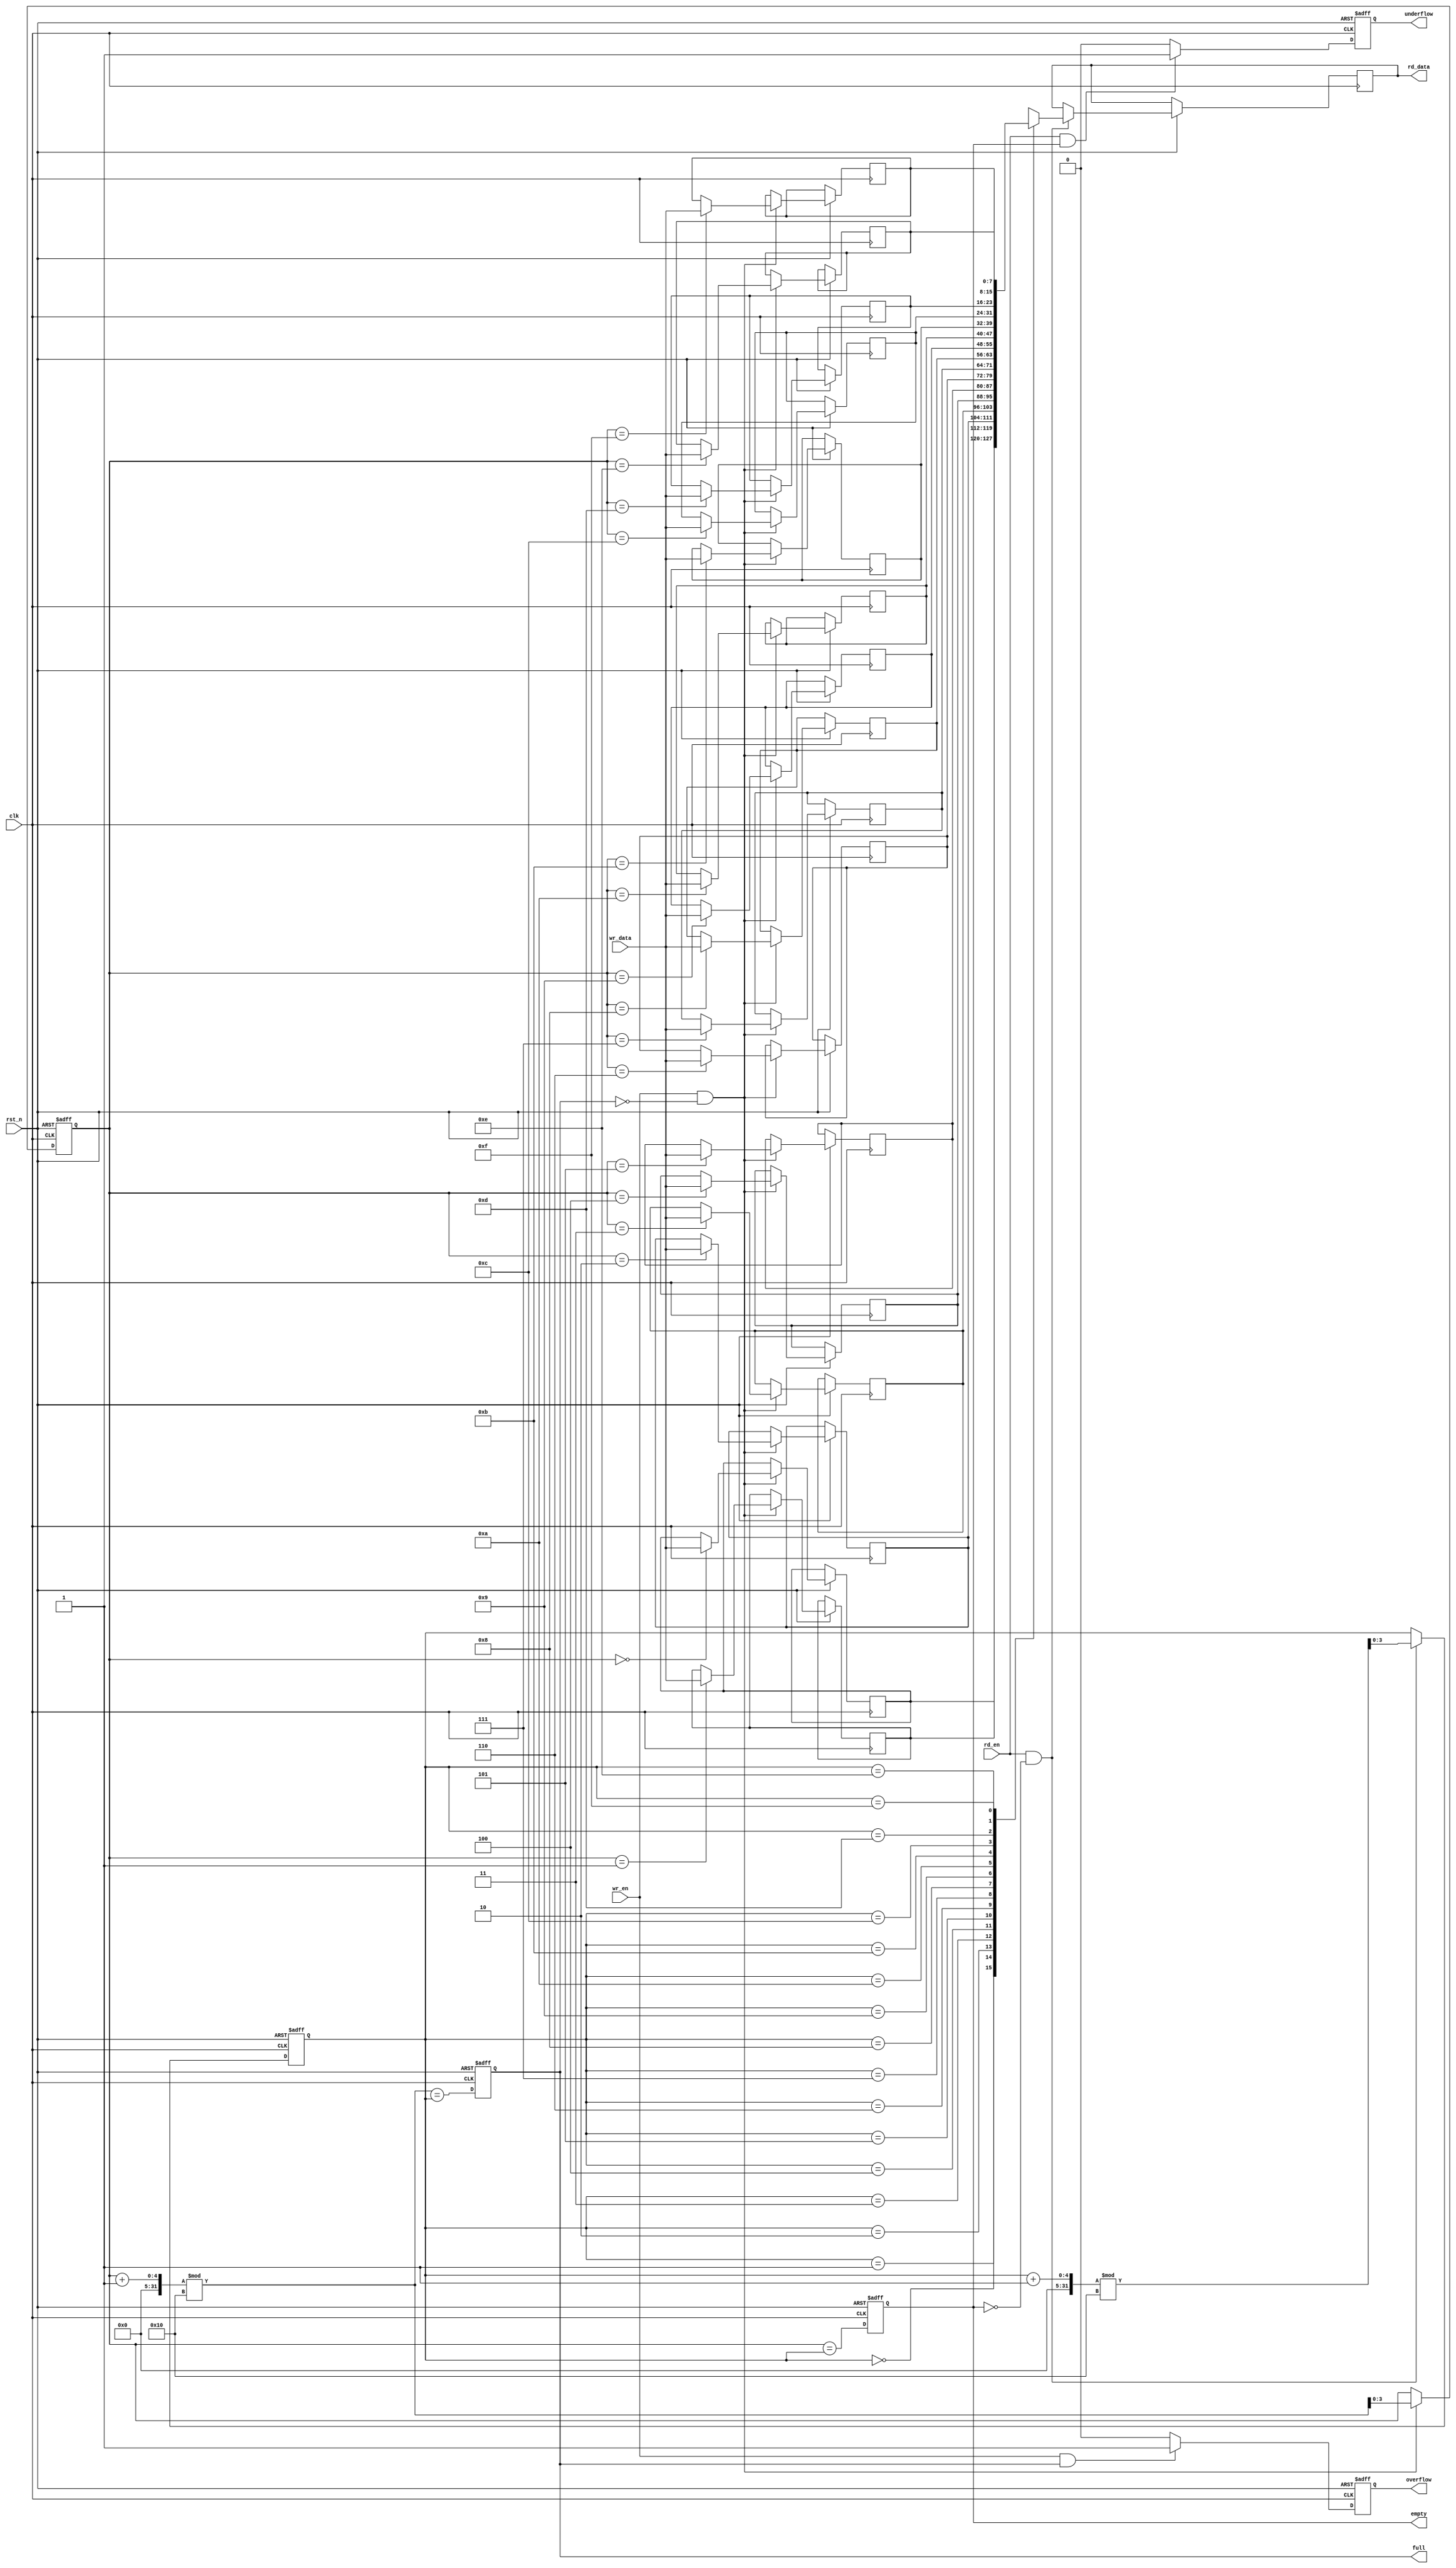
module parameterized_fifo #(
    parameter DATA_WIDTH = 8,      // Width of each data element in bits
    parameter FIFO_DEPTH = 16       // Number of entries the FIFO can hold
) (
    input wire clk,                 // Clock signal
    input wire rst_n,               // Asynchronous Reset (active low)
    input wire [DATA_WIDTH-1:0] wr_data, // Data input to write
    input wire wr_en,               // Write Enable
    input wire rd_en,               // Read Enable
    output reg [DATA_WIDTH-1:0] rd_data, // Data output to read
    output reg full,                // Full flag
    output reg empty,               // Empty flag
    output reg overflow,            // Overflow flag
    output reg underflow            // Underflow flag
);

    // Internal Memory Array
    reg [DATA_WIDTH-1:0] fifo_memory [0:FIFO_DEPTH-1];
    
    // Write and Read Pointers
    reg [clog2(FIFO_DEPTH)-1:0] wr_ptr = 0;
    reg [clog2(FIFO_DEPTH)-1:0] rd_ptr = 0;

    // Calculate the clog2 of FIFO_DEPTH for pointer size
    function integer clog2;
        input integer value;
        begin
            clog2 = 0;
            while (2**clog2 < value) begin
                clog2 = clog2 + 1;
            end
        end
    endfunction

    // Reset and Initialize
    always @(posedge clk or negedge rst_n) begin
        if (!rst_n) begin
            wr_ptr <= 0;
            rd_ptr <= 0;
            full <= 1'b0;
            empty <= 1'b1;
            overflow <= 1'b0;
            underflow <= 1'b0;
        end else begin
            overflow <= 1'b0; // Reset overflow flag on new clock cycle
            underflow <= 1'b0; // Reset underflow flag on new clock cycle
            
            // Write Logic
            if (wr_en && !full) begin
                fifo_memory[wr_ptr] <= wr_data; // Store data
                wr_ptr <= (wr_ptr + 1) % FIFO_DEPTH; // Increment write pointer
            end
            
            // Read Logic
            if (rd_en && !empty) begin
                rd_data <= fifo_memory[rd_ptr]; // Output data
                rd_ptr <= (rd_ptr + 1) % FIFO_DEPTH; // Increment read pointer
            end
            
            // Update flags
            full <= (wr_ptr + 1) % FIFO_DEPTH == rd_ptr;
            empty <= wr_ptr == rd_ptr;
            
            // Check Overflow and Underflow
            if (wr_en && full) begin
                overflow <= 1'b1; // Indicate overflow
            end
            if (rd_en && empty) begin
                underflow <= 1'b1; // Indicate underflow
            end
        end
    end
endmodule